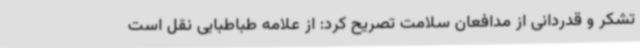
تشکر و قدردانی از مدافعان سلامت تصریح کرد: از علامه طباطبایی نقل است